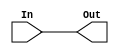
module str (In, Out);
input [31:0] In;
output [31:0] Out;

assign Out = In;

endmodule